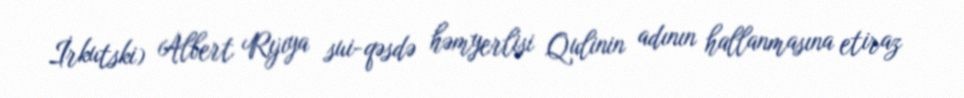
İrkutski) Albert Rıjıya sui-qəsdə həmyerlisi Qulinin adının hallanmasına etiraz